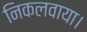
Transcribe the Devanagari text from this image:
निकलवाया।